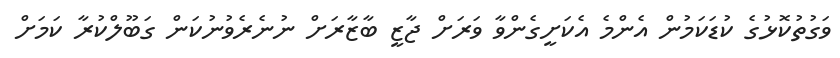
ވަގުތުކޮޅުގެ ކުޑަކަމުން އެންމެ އެކަށީގެންވާ ވަރަށް ޖާޒީ ބާޒާރަށް ނުނެރެވުނުކަން ގަބޫލްކުރާ ކަމަށް